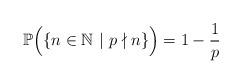
LaTeX: \begin{align*} \mathbb{P} \Big( \{ n \in \mathbb{N} \ | \ p \nmid n \} \Big) = 1-\frac{1}{p}\end{align*}